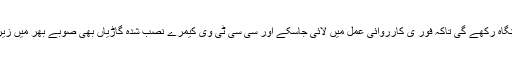
ضلعی پولیس حساس مقامات پر کیمروں کی مدد سے شر پسند عناصر پر کڑی نگاہ رکھے گی تاکہ فور ی کارروائی عمل میں لائی جاسکے اور سی سی ٹی وی کیمرے نصب شدہ گاڑیاں بھی صوبے بھر میں زیر استعمال لائی جائیں گی تاکہ جلوسوں کی صحیح طور پر نگرانی کی جاسکے ۔